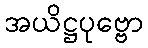
အယိဋ္ဌပုဗ္ဗော